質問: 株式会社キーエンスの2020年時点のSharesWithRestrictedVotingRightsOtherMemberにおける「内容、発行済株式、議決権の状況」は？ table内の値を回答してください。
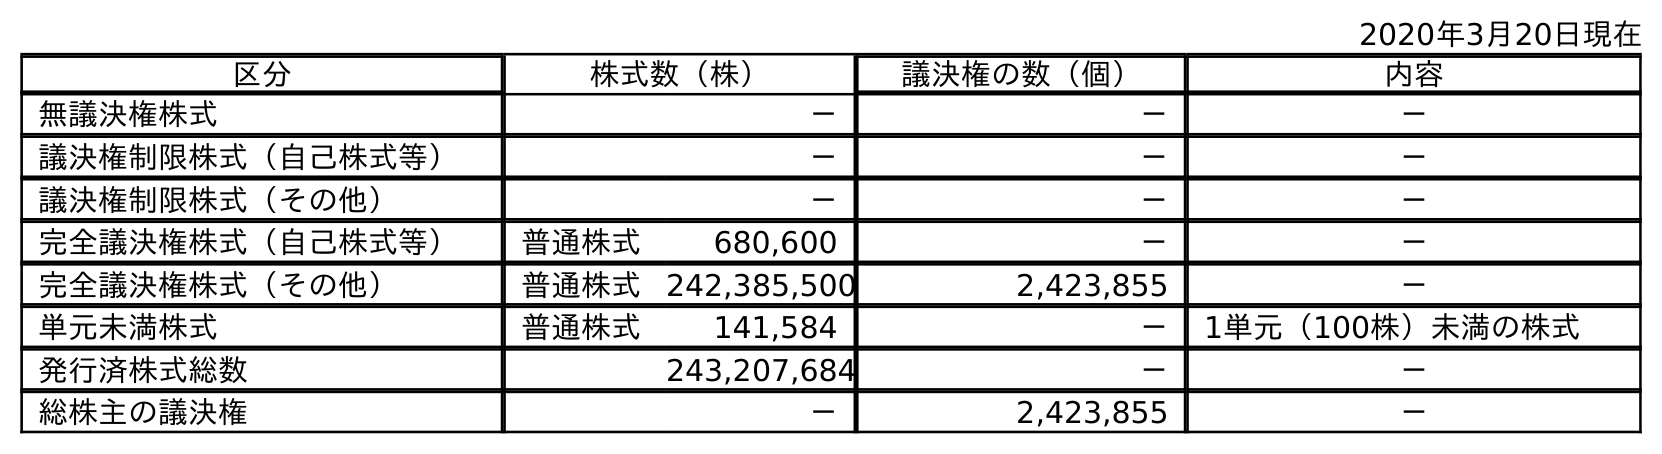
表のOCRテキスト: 2020年3月20日現在 区分 株式数（株） 議決権の数（個） 内容 無議決権株式 － － － 議決権制限株式（自己株式等） － － － 議決権制限株式（その他） － － － 完全議決権株式（自己株式等） 普通株式 680,600 － － 完全議決権株式（その他） 普通株式 242,385,500 2,423,855 － 単元未満株式 普通株式 141,584 － 1単元（100株）未満の株式 発行済株式総数 243,207,684 － － 総株主の議決権 － 2,423,855 －
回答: －